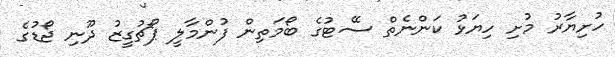
ހުށިޔާރު މުށި ހިޔަޅު ކަންނެތް ސޭޓުގެ ބޯމަތިން ފުންމާލީ ޕޯޗުގީޒު ދޫނި ޖޯޑުގެ